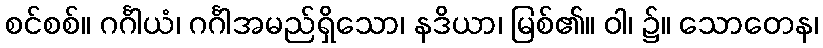
စင်စစ်။ ဂင်္ဂါယံ၊ ဂင်္ဂါအမည်ရှိသော၊ နဒိယာ၊ မြစ်၏။ ဝါ၊ ၌။ သောတေန၊